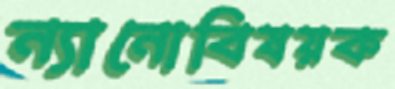
ন্যানোবিষয়ক